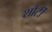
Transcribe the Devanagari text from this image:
शौर्टी